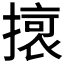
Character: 𭢔